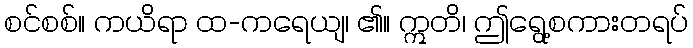
စင်စစ်။ ကယိရာ ထ-ကရေယျ၊ ၏။ ဣတိ၊ ဤရွေ့စကားတရပ်